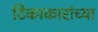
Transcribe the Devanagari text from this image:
टिकाकारांच्या